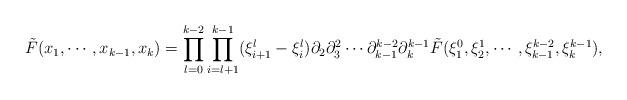
LaTeX: \begin{align*}\tilde{F}(x_1,\cdots,x_{k-1},x_k)=\prod_{l=0}^{k-2}\prod_{i=l+1}^{k-1}(\xi^l_{i+1}-\xi_i^l)\partial_2\partial_3^{2}\cdots \partial^{k-2}_{k-1}\partial^{k-1}_k \tilde{F}(\xi_1^0,\xi_2^1,\cdots,\xi^{k-2}_{k-1},\xi^{k-1}_k),\end{align*}